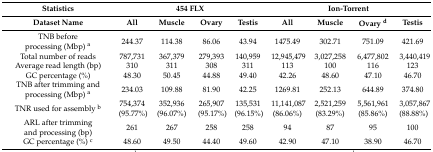
<table><thead><tr><td><b>Statistics</b></td><td colspan="4"><b>454 FLX</b></td><td colspan="4"><b>Ion-Torrent</b></td></tr><tr><td><b>Dataset Name</b></td><td><b>All</b></td><td><b>Muscle</b></td><td><b>Ovary</b></td><td><b>Testis</b></td><td><b>All</b></td><td><b>Muscle</b></td><td><b>Ovary <sup>d</sup></b></td><td><b>Testis</b></td></tr></thead><tbody><tr><td>TNB before processing (Mbp) <sup>a</sup></td><td>244.37</td><td>114.38</td><td>86.06</td><td>43.94</td><td>1475.49</td><td>302.71</td><td>751.09</td><td>421.69</td></tr><tr><td>Total number of reads </td><td>787,731</td><td>367,379</td><td>279,393</td><td>140,959</td><td>12,945,479</td><td>3,027,258</td><td>6,477,802</td><td>3,440,419</td></tr><tr><td>Average read length (bp)</td><td>310</td><td>311</td><td>308</td><td>311</td><td>113</td><td>100</td><td>116</td><td>123</td></tr><tr><td>GC percentage (%)</td><td>48.30</td><td>50.45</td><td>44.88</td><td>49.40</td><td>42.26</td><td>48.60</td><td>47.10</td><td>46.70</td></tr><tr><td>TNB after trimming and processing (Mbp) <sup>a</sup></td><td>234.03</td><td>109.88</td><td>81.90</td><td>42.25</td><td>1269.81</td><td>252.13</td><td>644.89</td><td>374.80</td></tr><tr><td>TNR used for assembly <sup>b</sup></td><td>754,374 (95.77%)</td><td>352,936 (96.07%)</td><td>265,907 (95.17%)</td><td>135,531 (96.15%)</td><td>11,141,087 (86.06%)</td><td>2,521,259 (83.29%)</td><td>5,561,961 (85.86%)</td><td>3,057,867 (88.88%)</td></tr><tr><td>ARL after trimming and processing (bp)</td><td>261</td><td>267</td><td>258</td><td>258</td><td>94</td><td>87</td><td>95</td><td>100</td></tr><tr><td>GC percentage (%) <sup>c</sup></td><td>48.60</td><td>49.50</td><td>44.40</td><td>49.60</td><td>42.90</td><td>47.10</td><td>38.90</td><td>46.70</td></tr></tbody></table>